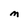
Character: M